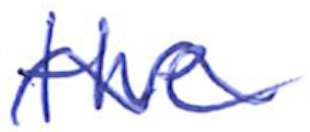
Text: the
Cross-out: wave
Writing tool: ballpoint